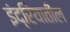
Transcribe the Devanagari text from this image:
इंद्रियातील